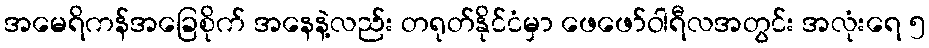
အမေရိကန်အခြေစိုက် အနေနဲ့လည်း တရုတ်နိုင်ငံမှာ ဖေဖော်ဝါရီလအတွင်း အလုံးရေ ၅